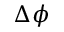
\Delta \phi